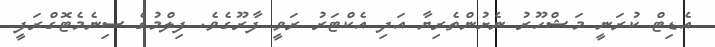
އެޑިޓް ކުރަނީ މަޝްހޫރު ނެށުންތެރިޔާ އަދި އެކްޓަރު ރަވީ ފާރޫގެވެ. ފިލްމުގެ ސިނެމެޓޮގްރަފީ